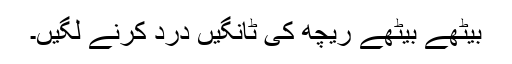
بیٹھے بیٹھے ریچھ کی ٹانگیں درد کرنے لگیں۔